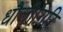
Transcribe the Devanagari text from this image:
धौलीगिरि